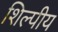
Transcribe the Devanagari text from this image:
शिल्पीय